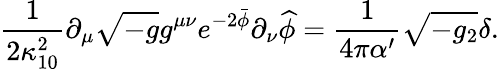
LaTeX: \frac{1}{2\kappa_{10}^{2}}\partial_{\mu}\sqrt{-g}g^{\mu\nu}e^{-2\bar{\phi}}\partial_{\nu}\widehat{\phi}=\frac{1}{4\pi\alpha^{\prime}}\sqrt{-g_{2}}\delta.